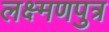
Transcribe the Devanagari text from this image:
लक्ष्मणपुत्र